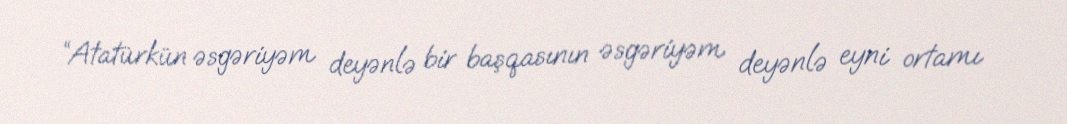
“Atatürkün əsgəriyəm deyənlə bir başqasının əsgəriyəm deyənlə eyni ortamı